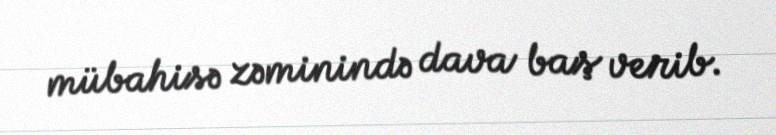
mübahisə zəminində dava baş verib.